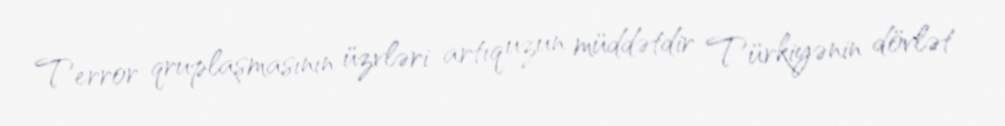
Terror qruplaşmasının üzvləri artıq uzun müddətdir Türkiyənin dövlət